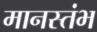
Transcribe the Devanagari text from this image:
मानस्तंभ